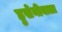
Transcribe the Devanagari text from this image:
हुसेनीवाला